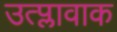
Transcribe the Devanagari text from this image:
उत्प्लावाक